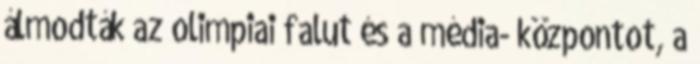
álmodták az olimpiai falut és a média- központot, a